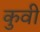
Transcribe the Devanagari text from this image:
कुवी